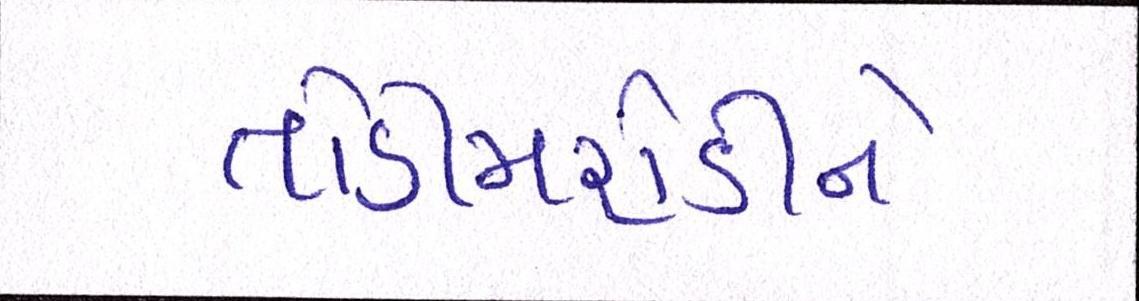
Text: તોડીમરોડીને